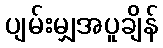
ပျမ်းမျှအပူချိန်